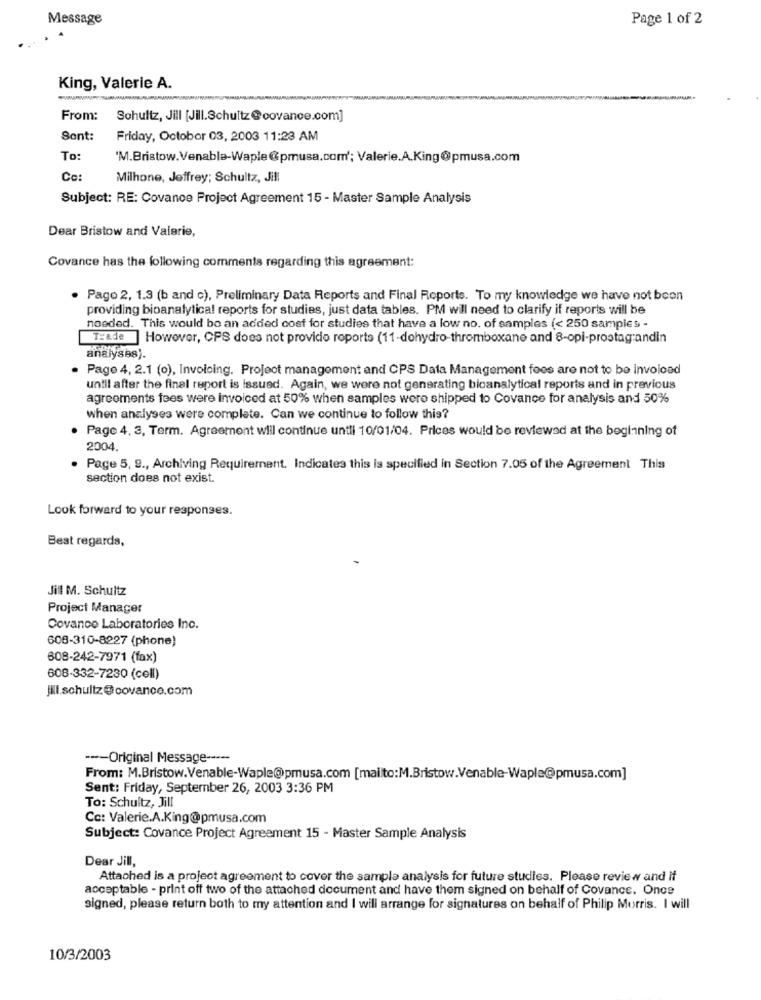
Message
Page 1 of 2
King, Valerie A.
From:
Schultz, Jill [Jill.Schultz @covance.com]
Sent:
Friday, October 03, 2003 11:23 AM
To:
'M.Bristow.Venable-Waple@pmusa.com'; Valerie.A.King@pmusa.com
Co
Milhone, Jeffrey; Schultz, Jill
Subject: RE: Covance Project Agreement 15 - Master Sample Analysis
Dear Bristow and Valerie,
Covance has the following comments regarding this agreement:
. Pago 2, 1.3 (b and c), Preliminary Data Reports and Final Reports. To my knowledge we have not been
providing bioanalytical reports for studies, just data tables. PM will need to clarify if reports will be
needed. This would be an added cost for studies that have a low no. of samples (< 250 samples -
Trade Howover, OPS does not provide roports (11-dehydro-thromboxane and 8-opi-prostag andin
analyses).
Page 4, 2.1 (o), Invoicing. Project management and CPS Data Management fees are not to be Invoiced
until after the final report is issued. Again, we were not generating bioanalytical reports and in previous
agreements fees were invoiced at 50% when samples were shipped to Covance for analysis and 50%
when analyses were complete. Can we continue to follow this?
Page 4, 3, Term. Agreement will continue untli 10/01/04. Prices would be reviewed at the beginning of
2004.
. Page 5, 9 ., Archiving Requirement. Indicates this is specified in Section 7.05 of the Agreement This
section does not exist.
Look forward to your responses.
Best regards,
Jill M. Schultz
Project Manager
Covance Laboratories Inc.
608-310-8227 (phone)
608-242-7971 (fax)
608-332-7230 (cell)
Jill.schultz@covance.com
--- Original Message -----
From: M.Bristow.Venable-Waple@pmusa.com [mailto:M.Bristow.Venable-Waple@pmusa.com]
Sent: Friday, September 26, 2003 3:36 PM
To: Schultz, Jill
Cc: Valerie.A.King@pmusa.com
Subject: Covance Project Agreement 15 - Master Sample Analysis
Dear Jill,
Attached is a project agreement to cover the sample analysis for future studies. Please review and if
acceptable - print off two of the attached document and have them signed on behalf of Covance. Once
signed, please return both to my attention and I will arrange for signatures on behalf of Philip Morris. I will
10/3/2003